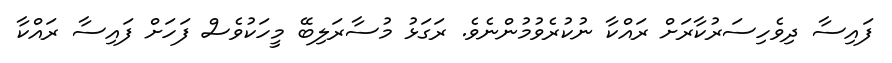
ފައިސާ ދިވެހިސަރުކާރަށް ރައްކާ ނުކުރެވުމުންނެވެ. ރަގަޅު މުސާރަލިބޭ މީހަކުވެސް ފަހަށް ފައިސާ ރައްކާ